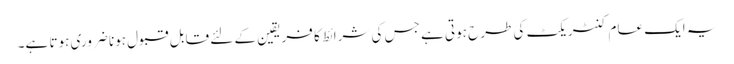
یہ ایک عام کنٹریکٹ کی طرح ہوتی ہے جس کی شرائط کا فریقین کے لئے قابل قبول ہونا ضروری ہوتا ہے۔